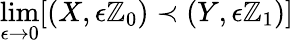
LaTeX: \operatorname*{lim}_{\epsilon\to0}[(X,\epsilon\mathbb{Z}_{0})\prec(Y,\epsilon\mathbb{Z}_{1})]